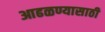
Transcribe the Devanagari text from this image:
आढळण्यासाठी